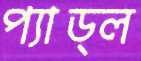
প্যাড্ল